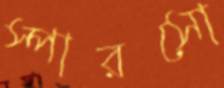
স্পারসো